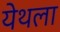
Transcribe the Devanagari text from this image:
येथला